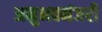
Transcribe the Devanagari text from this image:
अनुभवमंजरी